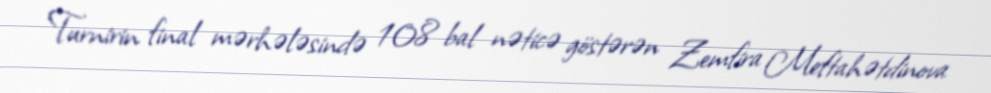
Turnirin final mərhələsində 108 bal nəticə göstərən Zemfira Meftahətdinova